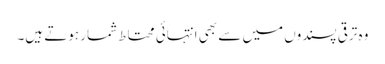
وہ ترقی پسندوں میں سے بھی انتہائی محتاط شمار ہوتے ہیں۔